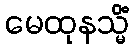
မေထုနသ္မိံ